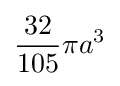
{\frac {32}{105}}\pi a^{3}